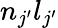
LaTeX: n_{j^{\prime}}l_{j^{\prime}}